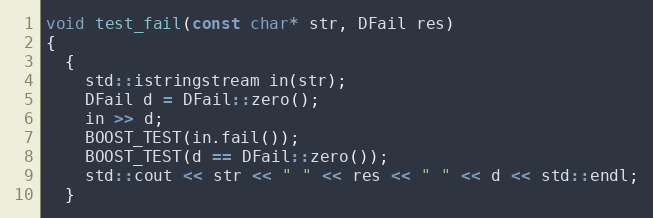
Language: C++
void test_fail(const char* str, DFail res)
{
  {
    std::istringstream in(str);
    DFail d = DFail::zero();
    in >> d;
    BOOST_TEST(in.fail());
    BOOST_TEST(d == DFail::zero());
    std::cout << str << " " << res << " " << d << std::endl;
  }